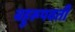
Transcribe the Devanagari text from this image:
बहुरूपवती